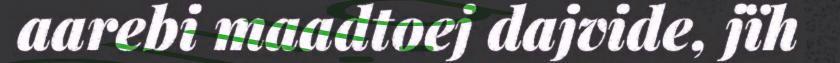
aarebi maadtoej dajvide, jïh